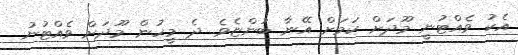
އެކު ވެއްޓުނީ މޫދަށް ކަމަށް އޭނާ ބުންޏެވެ. ދެ މީހުން މޫދަށް ވެއްޓުނު